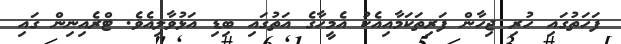
ފަހަތުގައި ހުރި ޖިހާން ފަރިތަކަމާއިއެކު އެމީހާގެ އަތުގައި ބިޑި އަޅުވާލިއެވެ. ޓްރެއިނިން ގައި